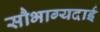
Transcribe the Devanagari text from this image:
सौभाग्यदाई